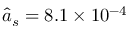
\hat { a } _ { s } = 8 . 1 \times 1 0 ^ { - 4 }